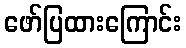
ဖော်ပြထားကြောင်း